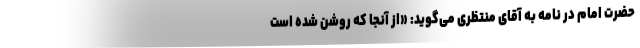
حضرت امام در نامه به آقای منتظری می‌گوید: «از آنجا که روشن شده است